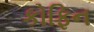
કોફિન